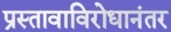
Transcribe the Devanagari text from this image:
प्रस्तावाविरोधानंतर